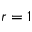
r = 1